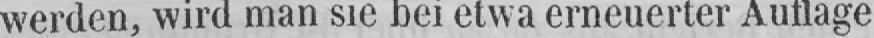
werden, wird man sie bei etwa erneuerter Auflage